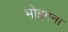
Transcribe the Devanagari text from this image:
भोइगना